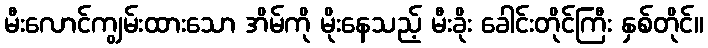
မီးလောင်ကျွမ်းထားသော အိမ်ကို မိုးနေသည့် မီးခိုး ခေါင်းတိုင်ကြီး နှစ်တိုင်။